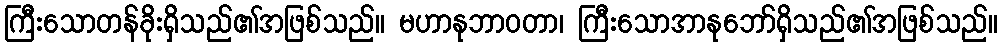
ကြီးသောတန်ခိုးရှိသည်၏အဖြစ်သည်။ မဟာနုဘာဝတာ၊ ကြီးသောအာနုဘော်ရှိသည်၏အဖြစ်သည်။